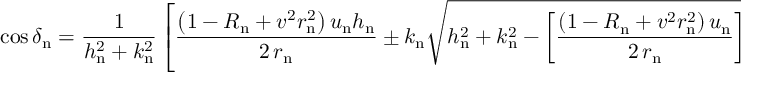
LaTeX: \cos \delta _ { \mathrm { n } } = \frac { 1 } { h _ { \mathrm { n } } ^ { 2 } + k _ { \mathrm { n } } ^ { 2 } } \left[ \frac { \left( 1 - R _ { \mathrm { n } } + v ^ { 2 } r _ { \mathrm { n } } ^ { 2 } \right) u _ { \mathrm { n } } h _ { \mathrm { n } } } { 2 \, r _ { \mathrm { n } } } \pm k _ { \mathrm { n } } \sqrt { h _ { \mathrm { n } } ^ { 2 } + k _ { \mathrm { n } } ^ { 2 } - \left[ \frac { \left( 1 - R _ { \mathrm { n } } + v ^ { 2 } r _ { \mathrm { n } } ^ { 2 } \right) u _ { \mathrm { n } } } { 2 \, r _ { \mathrm { n } } } \right] ^ { 2 } } \right] .